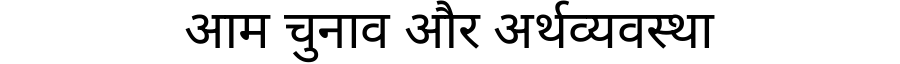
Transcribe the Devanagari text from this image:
आम चुनाव और अर्थव्यवस्था